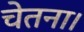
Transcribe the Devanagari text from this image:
चेतना।